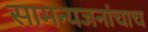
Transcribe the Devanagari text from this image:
सामन्यजनांचाच